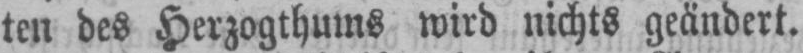
ten des Herzogthums wird nichts geändert.